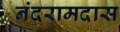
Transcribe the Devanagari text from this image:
नंदरामदास